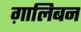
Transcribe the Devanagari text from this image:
ग़ालिबन